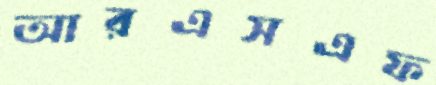
আরএসএফ